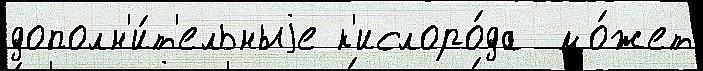
дополн'и́т'ельныjе к'ислоро́да  мо́жет